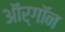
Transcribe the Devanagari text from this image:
ऑर्‌गॉन